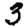
Digit: 3